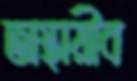
অস্থায়ীব